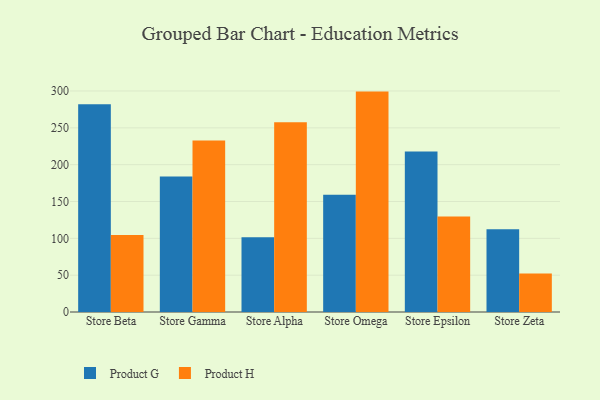
{"axis": {"x": "Store", "y": "Humidity (%)"}, "legend": ["Product G", "Product H"], "data": [{"x": "Store Beta", "y": 281.9, "type": "Product G"}, {"x": "Store Beta", "y": 104.6, "type": "Product H"}, {"x": "Store Gamma", "y": 183.8, "type": "Product G"}, {"x": "Store Gamma", "y": 232.7, "type": "Product H"}, {"x": "Store Alpha", "y": 101.5, "type": "Product G"}, {"x": "Store Alpha", "y": 257.6, "type": "Product H"}, {"x": "Store Omega", "y": 159.3, "type": "Product G"}, {"x": "Store Omega", "y": 299.2, "type": "Product H"}, {"x": "Store Epsilon", "y": 218.0, "type": "Product G"}, {"x": "Store Epsilon", "y": 129.6, "type": "Product H"}, {"x": "Store Zeta", "y": 112.5, "type": "Product G"}, {"x": "Store Zeta", "y": 52.1, "type": "Product H"}]}